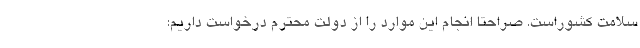
سلامت کشوراست. صراحتا انجام این موارد را از دولت محترم درخواست داریم: